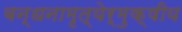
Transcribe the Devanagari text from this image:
बन्धनामृत्येर्मुक्षीय